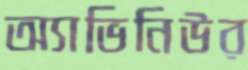
অ্যাভিনিউর